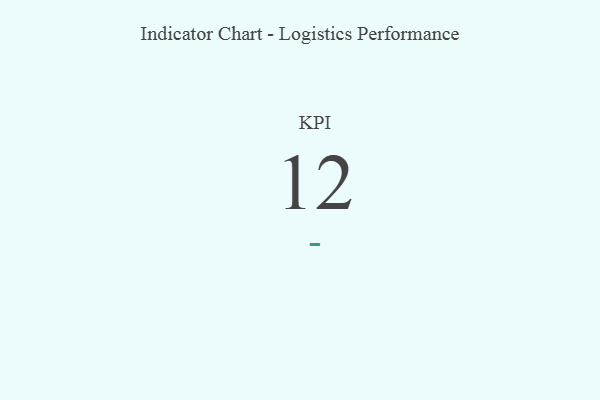
{"axis": {"x": "KPI", "y": "Value"}, "legend": [""], "data": [{"x": "KPI", "y": 12, "type": ""}]}